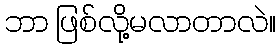
ဘာ ဖြစ်လို့မလာတာလဲ။